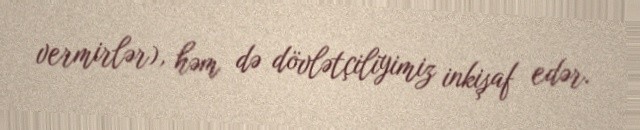
vermirlər), həm də dövlətçiliyimiz inkişaf edər.